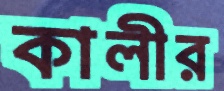
কালীর